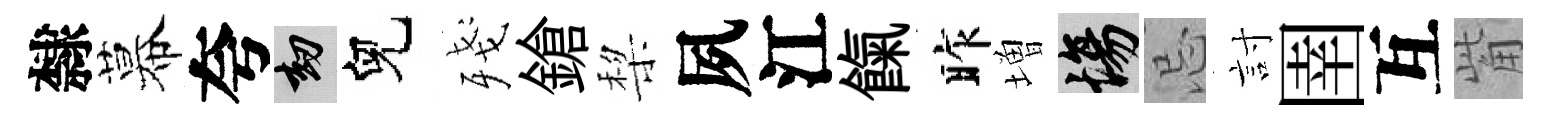
隸幕夸劫兒殘鎗棃夙江餼昨増場忌討圉互觜